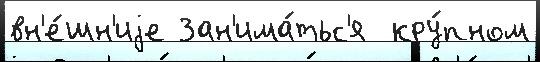
вн'е́шн'иjе Зан'има́тьс'я  кру́пном